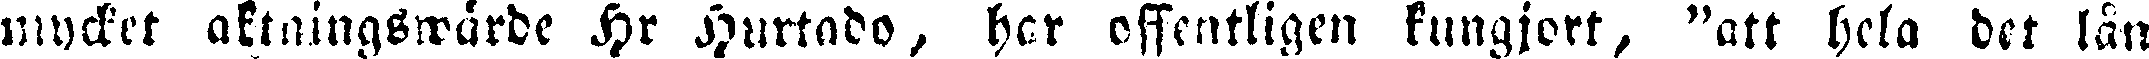
mycket aktningwärde Hr Hurtado, har offentligen kungjort, "att hela det lån